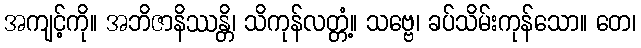
အကျင့်ကို။ အဘိဇာနိဿန္တိ၊ သိကုန်လတ္တံ့။ သဗ္ဗေ၊ ခပ်သိမ်းကုန်သော။ တေ၊